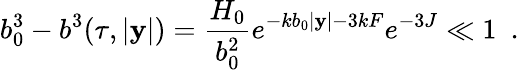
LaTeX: b_{0}^{3}-b^{3}(\tau,|\mathbf{y}|)=\frac{{H_{0}}}{{b_{0}^{2}}}e^{-kb_{0}|\mathbf{y}|-3kF}e^{-3J}\ll1~~.